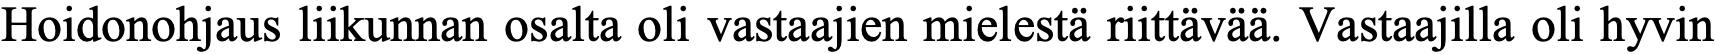
Hoidonohjaus liikunnan osalta oli vastaajien mielestä riittävää. Vastaajilla oli hyvin